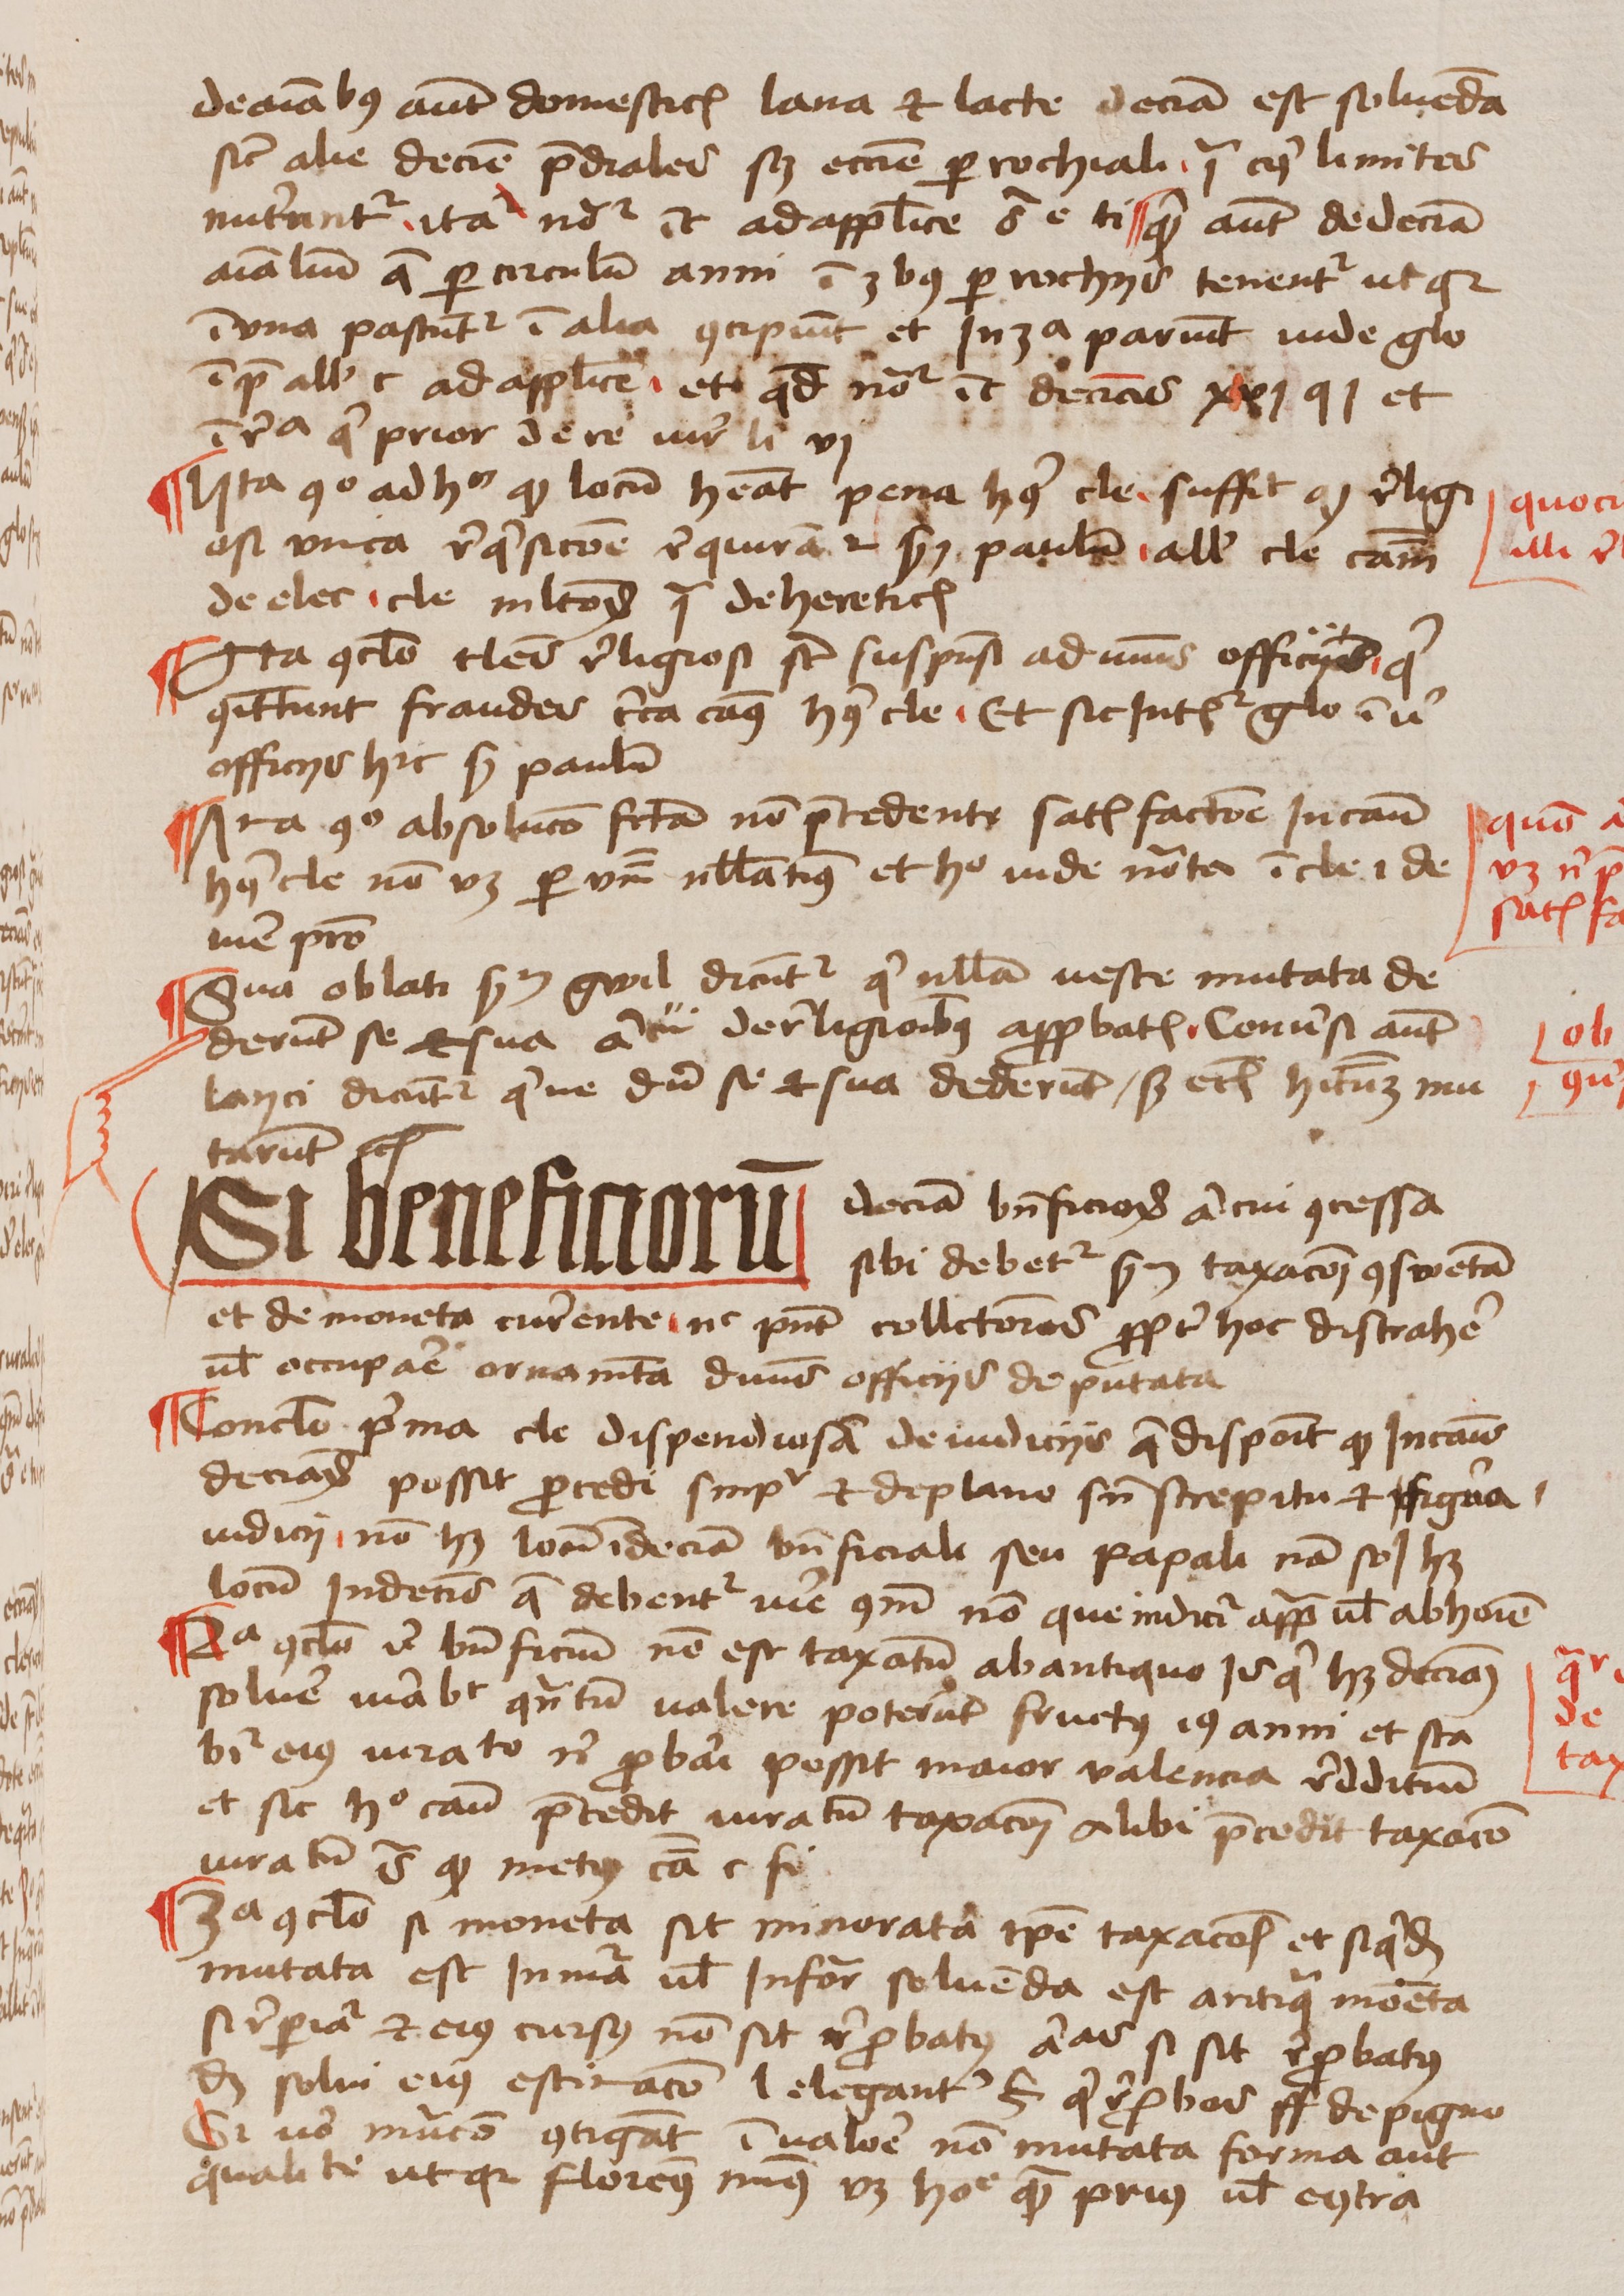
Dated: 1456–1486